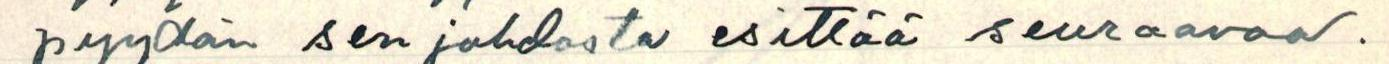
pyydän sen johdosta esittää seuraavaa.